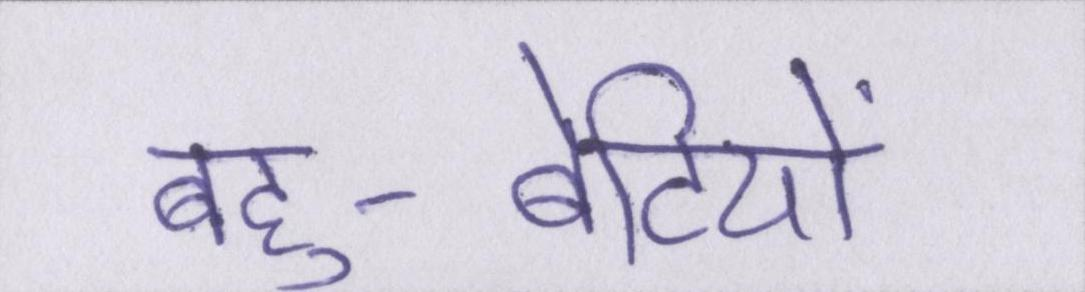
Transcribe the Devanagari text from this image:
बहु-बेटियों